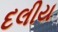
દલીય